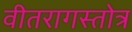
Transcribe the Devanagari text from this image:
वीतरागस्तोत्र